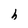
Character: h